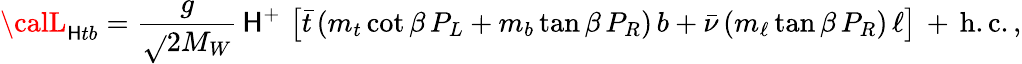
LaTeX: {\calL}_{\mathsf{H}tb}={\frac{{g}}{{\sqrt{}{{2}}M_{W}}}}\, \mathsf{H}^{+}\, \left[\bar{{t}}\, (m_{t}\cot\beta\, P_{L}+m_{b}\tan\beta\, P_{R})\, b+\bar{{\nu}}\, (m_{\ell}\tan\beta\, P_{R})\, \ell\right]\, +\, \mathrm{{h.c.}}\, ,